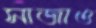
সাজাও